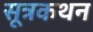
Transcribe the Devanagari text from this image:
सूत्रकथन